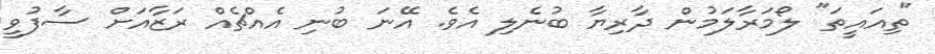
"ތިއައީތަ" ލޯމަރާލަމުން ދާރިޔާ ބުނެލި އެވެ. އޭނަ ބުނި އެއްޗެއް ރަޒާއަށް ސާފުވީ